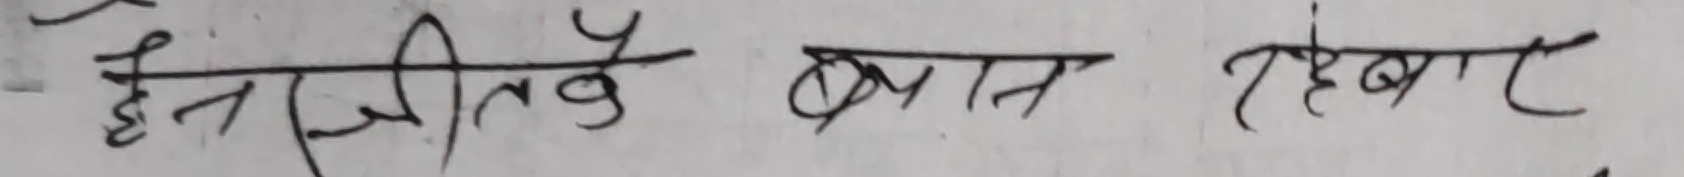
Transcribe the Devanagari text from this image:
हैनजिकै बान रहेबार